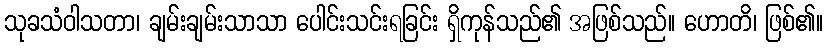
သုခသံဝါသတာ၊ ချမ်းချမ်းသာသာ ပေါင်းသင်းရခြင်း ရှိကုန်သည်၏ အဖြစ်သည်။ ဟောတိ၊ ဖြစ်၏။